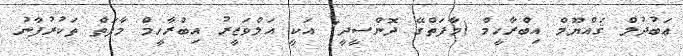
ޢަބުދުލް ޤައްޔޫމް އިބްރާހީމް (މާފަތްގޭ ދޮންސީދީ) އަކީ އަލްވަޒީރު އިބްރާހީމް މާފަތް ތަކުރުފާނު